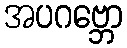
အပဂဗ္ဘော